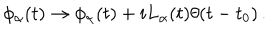
LaTeX: \phi _ { \alpha } ( t ) \to \phi _ { \alpha } ( t ) + i L _ { \alpha } ( t ) \theta ( t - t _ { 0 } ) \, .